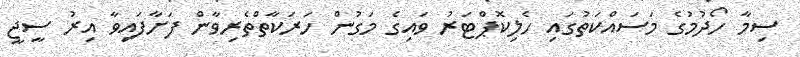
ސިމާ ހޯދުމުގެ މަސައްކަތުގައި ހެލިކޮޕްޓަރު ވައިގެ މަގުން ހަރަކާތްތެރިވާން ފަށާފައިވާ އިރު ސީޖީ